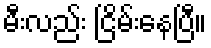
မီးလည်း ငြိမ်းနေပြီ။